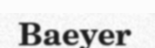
Baeyer